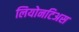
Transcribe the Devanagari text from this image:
लियोनटिअस